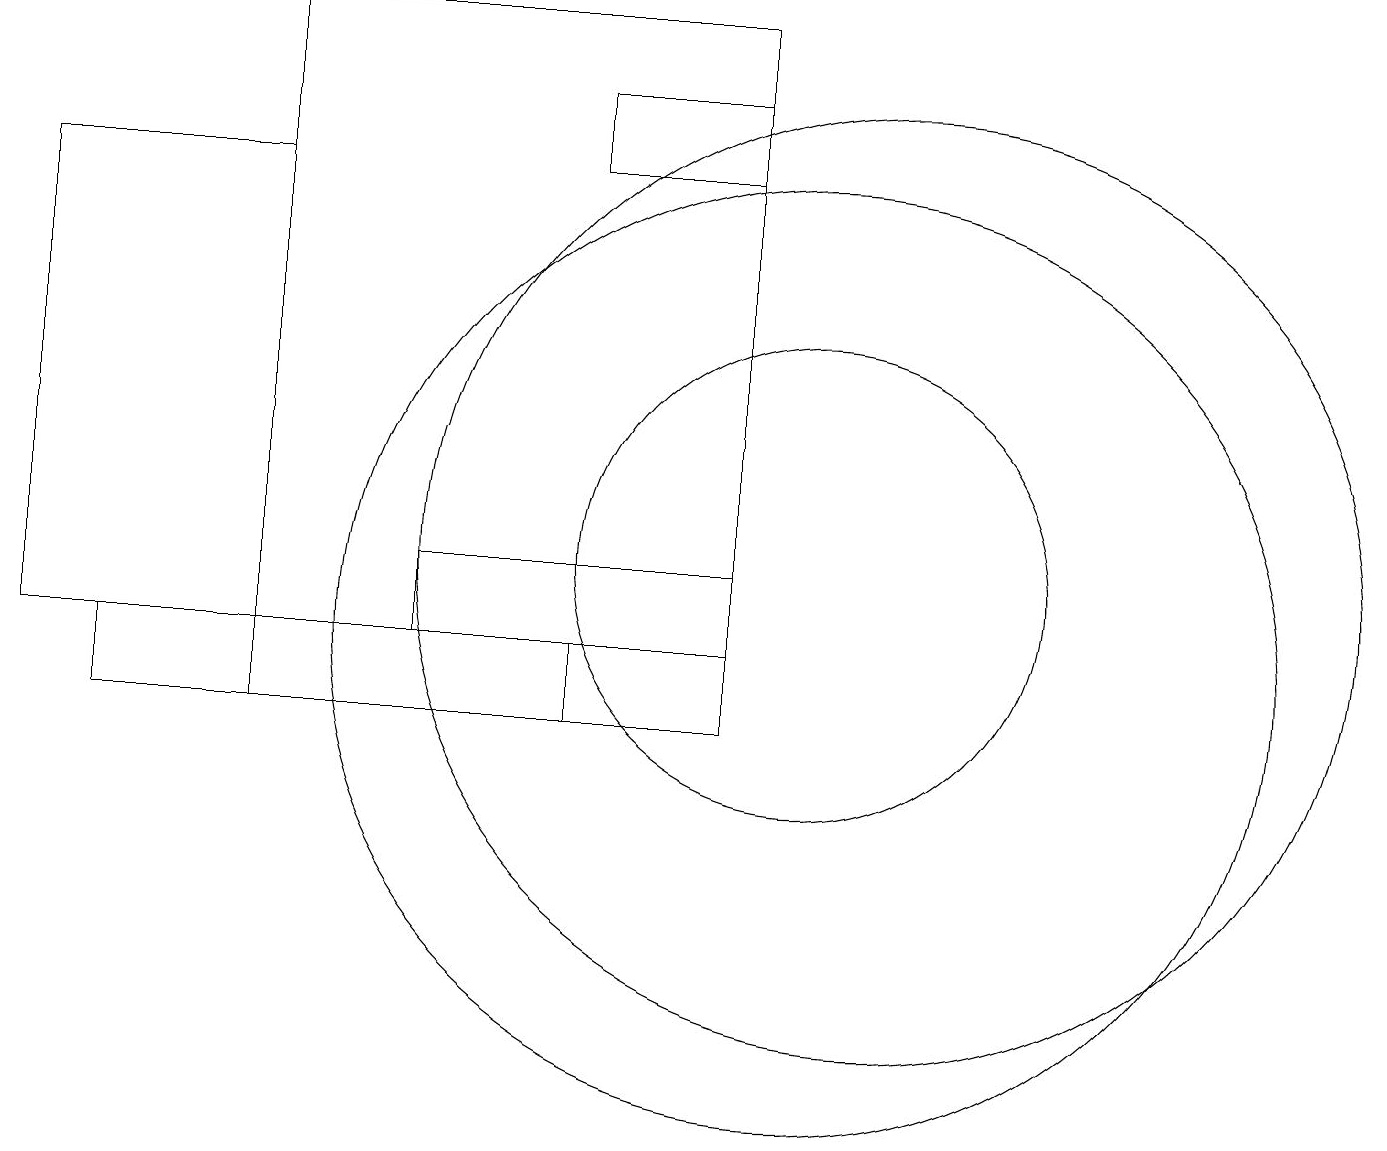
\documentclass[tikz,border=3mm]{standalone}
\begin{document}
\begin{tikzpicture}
\draw (9,17) rectangle (7,18);
\draw (10,11) circle (6);
\draw (9,19) rectangle (3,10);
\draw (11,12) circle (6);
\draw (1,11) rectangle (7,10);
\draw (0,11) rectangle (3,17);
\draw (9,11) rectangle (5,12);
\draw (10,12) circle (3);
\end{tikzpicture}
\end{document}